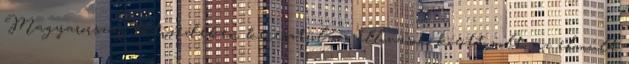
Magyarország évtizedeken keresztül az éllovasok között volt, az elmúlt